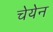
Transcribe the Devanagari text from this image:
चेयेन